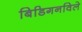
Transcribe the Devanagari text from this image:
बिडिगनविले